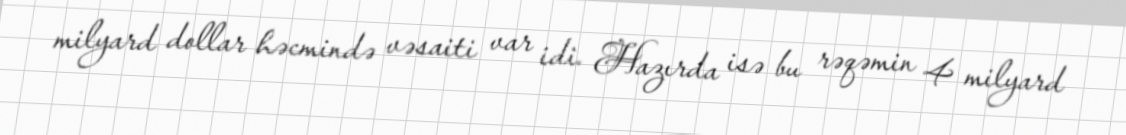
milyard dollar həcmində vəsaiti var idi. Hazırda isə bu rəqəmin 4 milyard